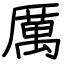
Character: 厲